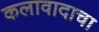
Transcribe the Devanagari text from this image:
कलावादाचा